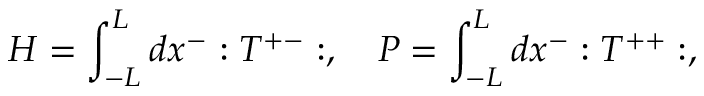
H = \int _ { - L } ^ { L } d x ^ { - } : T ^ { + - } : , \quad P = \int _ { - L } ^ { L } d x ^ { - } : T ^ { + + } : ,